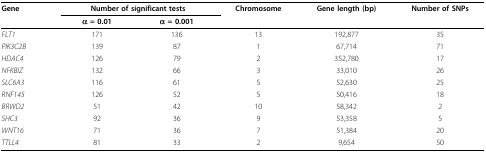
<table><thead><tr><td><b>Gene</b></td><td colspan="2"><b>Number of significant tests</b></td><td><b>Chromosome</b></td><td><b>Gene length (bp)</b></td><td><b>Number of SNPs</b></td></tr><tr><td></td><td><b>α = 0.01</b></td><td><b>α = 0.001</b></td><td></td><td></td><td></td></tr></thead><tbody><tr><td><i>FLT1</i></td><td>171</td><td>136</td><td>13</td><td>192,877</td><td>35</td></tr><tr><td><i>PIK3C2B</i></td><td>139</td><td>87</td><td>1</td><td>67,714</td><td>71</td></tr><tr><td><i>HDAC4</i></td><td>126</td><td>79</td><td>2</td><td>352,780</td><td>17</td></tr><tr><td><i>NFKBIZ</i></td><td>132</td><td>66</td><td>3</td><td>33,010</td><td>26</td></tr><tr><td><i>SLC6A3</i></td><td>116</td><td>61</td><td>5</td><td>52,630</td><td>25</td></tr><tr><td><i>RNF145</i></td><td>126</td><td>52</td><td>5</td><td>50,416</td><td>18</td></tr><tr><td><i>BRWD2</i></td><td>51</td><td>42</td><td>10</td><td>58,342</td><td>2</td></tr><tr><td><i>SHC3</i></td><td>92</td><td>36</td><td>9</td><td>53,358</td><td>5</td></tr><tr><td><i>WNT16</i></td><td>71</td><td>36</td><td>7</td><td>51,384</td><td>20</td></tr><tr><td><i>TTLL4</i></td><td>81</td><td>33</td><td>2</td><td>9,654</td><td>50</td></tr></tbody></table>